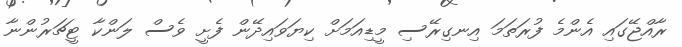
ރާއްޖޭގައި އެންމެ ފުރަތަމަ އިނގިރޭސި މީޑިއަމަށް ކިޔަވައިދޭން ފެށީ ވެސް ލަންކާ ޓީޗަރުންނާ